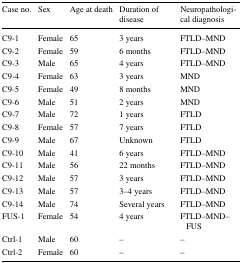
<table><thead><tr><td><b>Case no.</b></td><td><b>Sex</b></td><td><b>Age at death</b></td><td><b>Duration of disease</b></td><td><b>Neuropathological diagnosis</b></td></tr></thead><tbody><tr><td>C9-1</td><td>Female</td><td>65</td><td>3 years</td><td>FTLD–MND</td></tr><tr><td>C9-2</td><td>Female</td><td>59</td><td>6 months</td><td>FTLD–MND</td></tr><tr><td>C9-3</td><td>Male</td><td>65</td><td>4 years</td><td>FTLD–MND</td></tr><tr><td>C9-4</td><td>Female</td><td>63</td><td>3 years</td><td>MND</td></tr><tr><td>C9-5</td><td>Female</td><td>49</td><td>8 months</td><td>MND</td></tr><tr><td>C9-6</td><td>Male</td><td>51</td><td>2 years</td><td>MND</td></tr><tr><td>C9-7</td><td>Male</td><td>72</td><td>1 years</td><td>FTLD</td></tr><tr><td>C9-8</td><td>Female</td><td>57</td><td>7 years</td><td>FTLD</td></tr><tr><td>C9-9</td><td>Male</td><td>67</td><td>Unknown</td><td>FTLD</td></tr><tr><td>C9-10</td><td>Male</td><td>41</td><td>6 years</td><td>FTLD–MND</td></tr><tr><td>C9-11</td><td>Male</td><td>56</td><td>22 months</td><td>FTLD–MND</td></tr><tr><td>C9-12</td><td>Male</td><td>57</td><td>3 years</td><td>FTLD–MND</td></tr><tr><td>C9-13</td><td>Male</td><td>57</td><td>3–4 years</td><td>FTLD–MND</td></tr><tr><td>C9-14</td><td>Male</td><td>74</td><td>Several years</td><td>FTLD–MND</td></tr><tr><td>FUS-1</td><td>Female</td><td>54</td><td>4 years</td><td>FTLD–MND–FUS</td></tr><tr><td>Ctrl-1</td><td>Male</td><td>60</td><td>–</td><td>–</td></tr><tr><td>Ctrl-2</td><td>Female</td><td>60</td><td>–</td><td>–</td></tr></tbody></table>